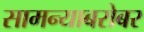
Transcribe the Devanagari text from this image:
सामन्याबरोबर